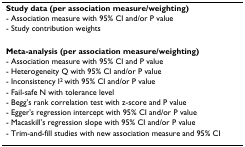
<table><thead><tr><td><b>Study data (per association measure/weighting)</b></td></tr><tr><td><b>- Association measure with 95% CI and/or P value</b></td></tr><tr><td><b>- Study contribution weights</b></td></tr></thead><tbody><tr><td><b>Meta-analysis (per association measure/weighting)</b></td></tr><tr><td>- Association measure with 95% CI and P value</td></tr><tr><td>- Heterogeneity Q with 95% CI and/or P value</td></tr><tr><td>- Inconsistency I<sup>2 </sup>with 95% CI and/or P value</td></tr><tr><td>- Fail-safe N with tolerance level</td></tr><tr><td>- Begg&#x27;s rank correlation test with z-score and P value</td></tr><tr><td>- Egger&#x27;s regression intercept with 95% CI and/or P value</td></tr><tr><td>- Macaskill&#x27;s regression slope with 95% CI and/or P value</td></tr><tr><td>- Trim-and-fill studies with new association measure and 95% CI</td></tr></tbody></table>